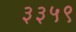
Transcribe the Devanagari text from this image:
३३५९